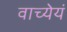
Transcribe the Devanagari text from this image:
वाच्येयं